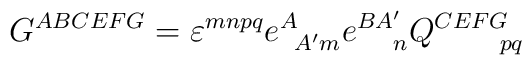
G^{ABCEFG} = \varepsilon ^{mnpq} e^A_{\ \, A'm}e^{BA'}_{\quad \, n} Q^{CEFG}_{\qquad pq} \label B